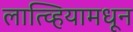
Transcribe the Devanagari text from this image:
लात्व्हियामधून